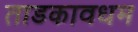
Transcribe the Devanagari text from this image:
ताडकावधम